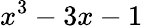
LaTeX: x^{3}-3x-1